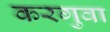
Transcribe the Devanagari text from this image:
करगुवा